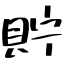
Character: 貯